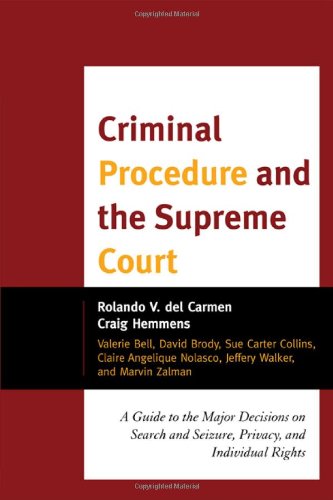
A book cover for Criminal Procedure and the Supreme Court: A Guide to the Major Decisions on Search and Seizure, Privacy, and Individual Rights; Rolando V. del Carmen; Law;